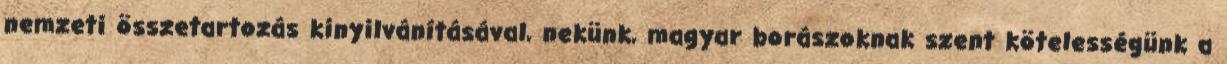
nemzeti összetartozás kinyilvánításával, nekünk, magyar borászoknak szent kötelességünk a